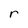
Character: r